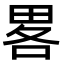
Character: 畧